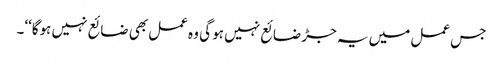
جس عمل میں یہ جڑ ضائع نہیں ہو گی وہ عمل بھی ضائع نہیں ہوگا‘‘۔